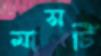
মাসটি